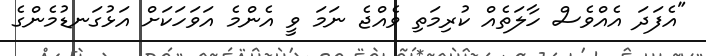
"އެފަދަ އެއްވެސް ހާލަތެއް ކުރިމަތި ވެއްޖެ ނަމަ ވީ އެންމެ އަވަހަކަށް އަޅުގަނޑުމެންގެ